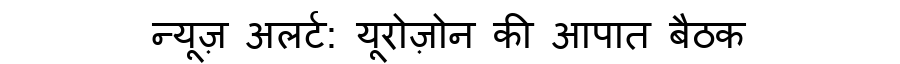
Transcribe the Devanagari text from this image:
न्यूज़ अलर्ट: यूरोज़ोन की आपात बैठक